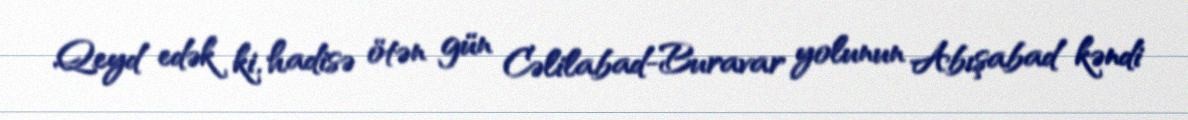
Qeyd edək ki, hadisə ötən gün Cəlilabad-Buravar yolunun Abışabad kəndi